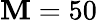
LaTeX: \mathbf{M}=50